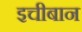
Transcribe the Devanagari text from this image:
इचीबान